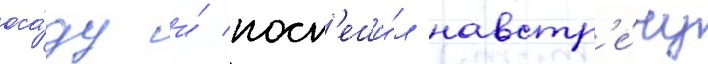
оса́ду и́ посп'еши́л навстр'е́чу